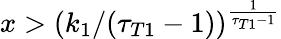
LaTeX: x>\left(k_{1}/(\tau_{T1}-1)\right)^{\frac{1}{\tau_{T1}-1}}